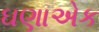
ઘણાએક